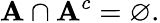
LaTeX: \mathbf{A}\cap\mathbf{A}^{c}=\varnothing.